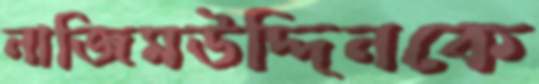
নাজিমউদ্দিনকে